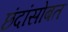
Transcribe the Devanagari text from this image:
छंदांसोबत